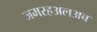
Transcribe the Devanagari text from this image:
जमरहअलअब